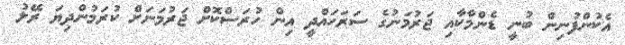
އެކުންފުނިން ބުނީ ޑެންމާކާއި ޖަރުމަނުގެ ސަރަހައްދީ އިން ހުރަސްކޮށް ޖަރުމަނަށް ކުރަމުންދިޔަ ރޭލު